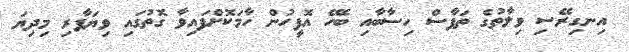
އިނގިރޭސި ވިލާތުގެ ތަފާސް ހިސާބާއި ބެހޭ އޮފީހުން ހާމަކޮށްފައިވާ ގޮތުގައި ވިޔަފާރި މިދިޔަ